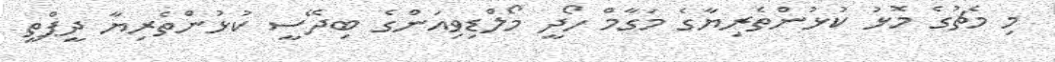
މި މެޗުގެ މޮޅު ކުޅުންތެރިޔާގެ މަގާމް ހޯދީ މޯލްޑިވިއަންގެ ބިދޭސީ ކުޅުންތެރިޔާ ދީޕްތީ